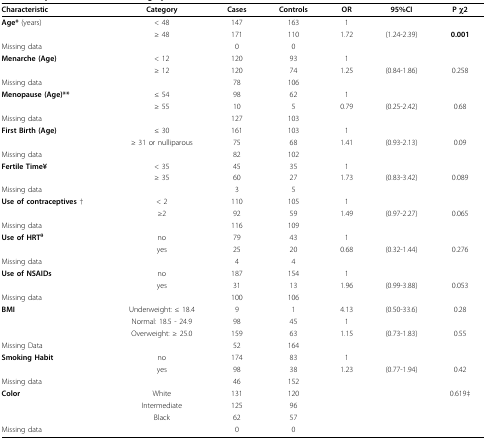
<table><thead><tr><td><b>Characteristic</b></td><td><b>Category</b></td><td><b>Cases</b></td><td><b>Controls</b></td><td><b>OR</b></td><td><b>95%CI</b></td><td><b>P χ2</b></td></tr></thead><tbody><tr><td><b>Age* </b>(years)</td><td>&lt; 48</td><td>147</td><td>163</td><td>1</td><td></td><td></td></tr><tr><td></td><td>≥ 48</td><td>171</td><td>110</td><td>1.72</td><td>(1.24-2.39)</td><td><b>0.001</b></td></tr><tr><td>Missing data</td><td></td><td>0</td><td>0</td><td></td><td></td><td></td></tr><tr><td><b>Menarche (Age)</b></td><td>&lt; 12</td><td>120</td><td>93</td><td>1</td><td></td><td></td></tr><tr><td></td><td>≥ 12</td><td>120</td><td>74</td><td>1.25</td><td>(0.84-1.86)</td><td>0.258</td></tr><tr><td>Missing data</td><td></td><td>78</td><td>106</td><td></td><td></td><td></td></tr><tr><td><b>Menopause (Age)**</b></td><td>≤ 54</td><td>98</td><td>62</td><td>1</td><td></td><td></td></tr><tr><td></td><td>≥ 55</td><td>10</td><td>5</td><td>0.79</td><td>(0.25-2.42)</td><td>0.68</td></tr><tr><td>Missing data</td><td></td><td>127</td><td>103</td><td></td><td></td><td></td></tr><tr><td><b>First Birth (Age)</b></td><td>≤ 30</td><td>161</td><td>103</td><td>1</td><td></td><td></td></tr><tr><td></td><td>≥ 31 or nulliparous</td><td>75</td><td>68</td><td>1.41</td><td>(0.93-2.13)</td><td>0.09</td></tr><tr><td>Missing data</td><td></td><td>82</td><td>102</td><td></td><td></td><td></td></tr><tr><td><b>Fertile Time¥</b></td><td>&lt; 35</td><td>45</td><td>35</td><td>1</td><td></td><td></td></tr><tr><td></td><td>≥ 35</td><td>60</td><td>27</td><td>1.73</td><td>(0.83-3.42)</td><td>0.089</td></tr><tr><td>Missing data</td><td></td><td>3</td><td>5</td><td></td><td></td><td></td></tr><tr><td><b>Use of contraceptives </b>†</td><td>&lt; 2</td><td>110</td><td>105</td><td>1</td><td></td><td></td></tr><tr><td></td><td>≥2</td><td>92</td><td>59</td><td>1.49</td><td>(0.97-2.27)</td><td>0.065</td></tr><tr><td>Missing data</td><td></td><td>116</td><td>109</td><td></td><td></td><td></td></tr><tr><td><b>Use of HRT</b><sup><b>θ</b></sup></td><td>no</td><td>79</td><td>43</td><td>1</td><td></td><td></td></tr><tr><td></td><td>yes</td><td>25</td><td>20</td><td>0.68</td><td>(0.32-1.44)</td><td>0.276</td></tr><tr><td>Missing data</td><td></td><td>4</td><td>4</td><td></td><td></td><td></td></tr><tr><td><b>Use of NSAIDs</b></td><td>no</td><td>187</td><td>154</td><td>1</td><td></td><td></td></tr><tr><td></td><td>yes</td><td>31</td><td>13</td><td>1.96</td><td>(0.99-3.88)</td><td>0.053</td></tr><tr><td>Missing data</td><td></td><td>100</td><td>106</td><td></td><td></td><td></td></tr><tr><td><b>BMI</b></td><td>Underweight: ≤ 18.4</td><td>9</td><td>1</td><td>4.13</td><td>(0.50-33.6)</td><td>0.28</td></tr><tr><td></td><td>Normal: 18.5 - 24.9</td><td>98</td><td>45</td><td>1</td><td></td><td></td></tr><tr><td></td><td>Overweight: ≥ 25.0</td><td>159</td><td>63</td><td>1.15</td><td>(0.73-1.83)</td><td>0.55</td></tr><tr><td>Missing Data</td><td></td><td>52</td><td>164</td><td></td><td></td><td></td></tr><tr><td><b>Smoking Habit</b></td><td>no</td><td>174</td><td>83</td><td>1</td><td></td><td></td></tr><tr><td></td><td>yes</td><td>98</td><td>38</td><td>1.23</td><td>(0.77-1.94)</td><td>0.42</td></tr><tr><td>Missing data</td><td></td><td>46</td><td>152</td><td></td><td></td><td></td></tr><tr><td><b>Color</b></td><td>White</td><td>131</td><td>120</td><td></td><td></td><td>0.619‡</td></tr><tr><td></td><td>Intermediate</td><td>125</td><td>96</td><td></td><td></td><td></td></tr><tr><td></td><td>Black</td><td>62</td><td>57</td><td></td><td></td><td></td></tr><tr><td>Missing data</td><td></td><td>0</td><td>0</td><td></td><td></td><td></td></tr></tbody></table>